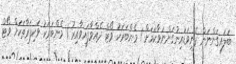
ބަލައިގަންނަން ފެނިވަޑައިނުގަންނަވާކަމަށް 1 މެންބަރަކު ވޯޓް ދެއްވާފައިވާއިރު 1 މެންބަރަކު ވަކިފަރާތަކަށް ވޯޓް